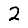
Digit: 2